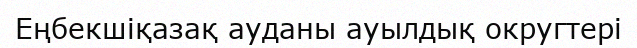
Еңбекшіқазақ ауданы ауылдық округтері